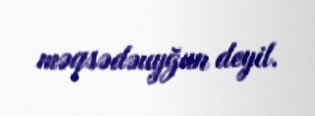
məqsədəuyğun deyil.